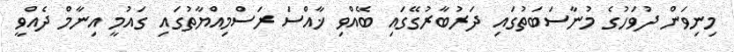
މިނިވަން ދުވަހުގެ މުނާސަބަތުގައި ދަރުބާރުގޭގައި ބޭއްވި ޚާއްސަ ރަސްމިއްޔާތުގައި ގައުމީ އިނާމް ދެއްވީ